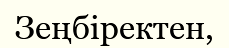
Зеңбіректен,